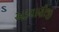
અડવાણીજી